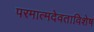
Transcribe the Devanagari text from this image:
परमात्मदेवताविशेष